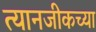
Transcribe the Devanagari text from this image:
त्यानजीकच्या